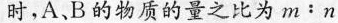
时，A、B的物质的量之比为m：n